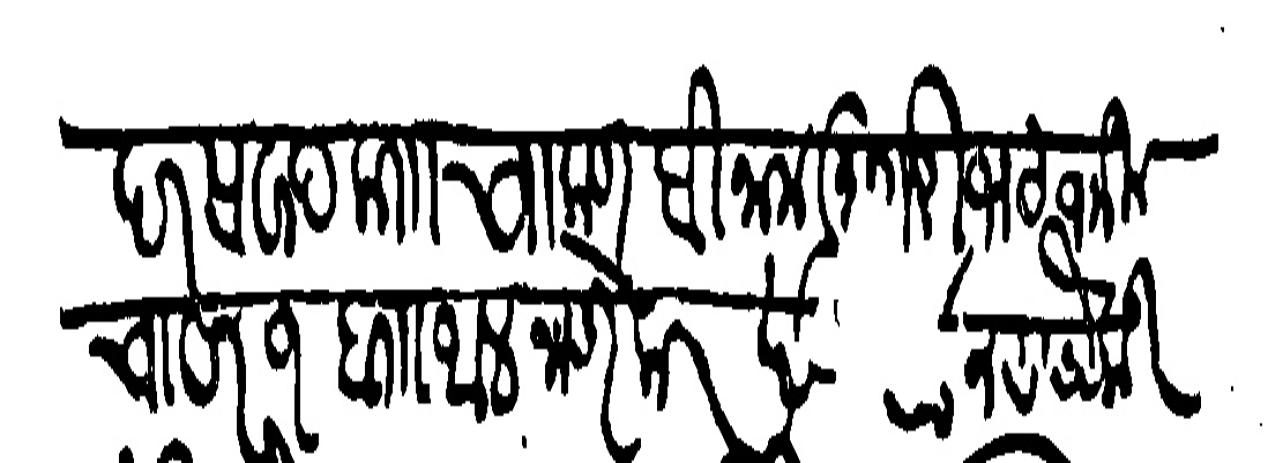
Transliteration (Devanagari): दर सवाद काा चाकण विनाम मुरारीभट जमीन चावर १ बाा थल नाणेकर खंडी ९८ नव पैकी